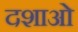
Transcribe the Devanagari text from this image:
दशाओ